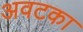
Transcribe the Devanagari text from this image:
अवटका